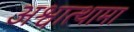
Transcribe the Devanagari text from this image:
अश्वात्थामा